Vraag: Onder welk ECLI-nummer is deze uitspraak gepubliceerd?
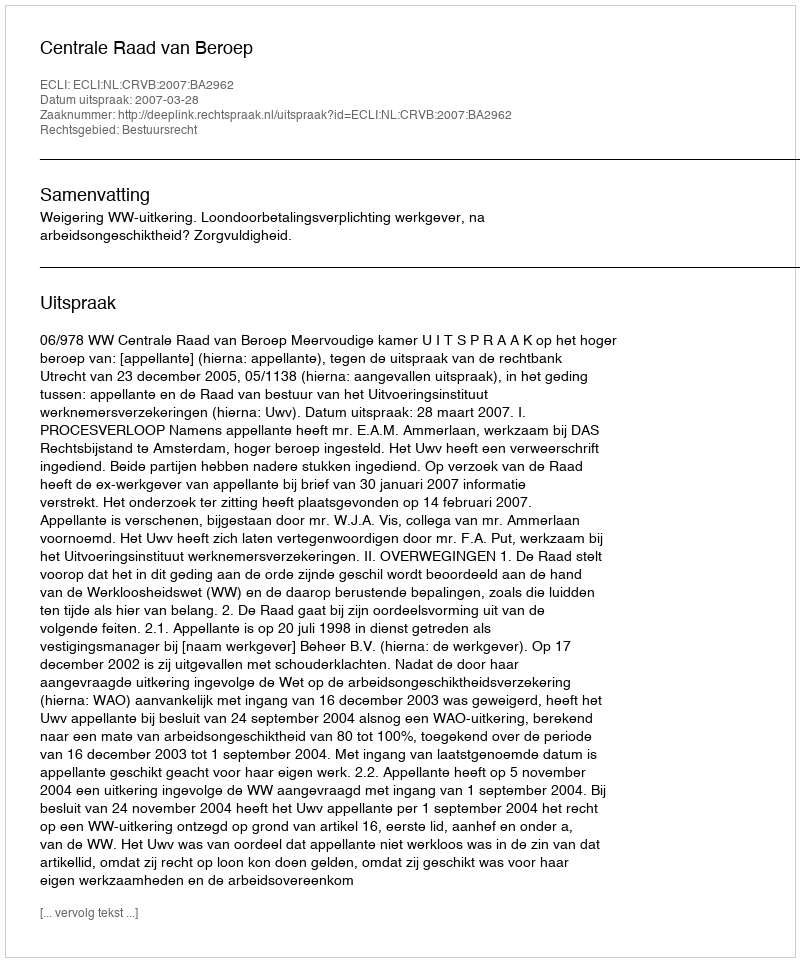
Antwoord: ECLI:NL:CRVB:2007:BA2962